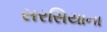
સરસિયાના